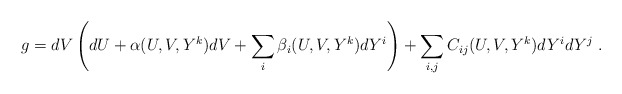
\begin{align*}g = dV \left( dU + \alpha (U,V,Y^k) dV + \sum_i \beta_i(U,V,Y^k) d Y^i \right) + \sum_{i,j} C_{ij} (U,V,Y^k) dY^i dY^j ~.\end{align*}